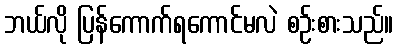
ဘယ်လို ပြန်ကောက်ရကောင်မလဲ စဉ်းစားသည်။